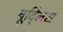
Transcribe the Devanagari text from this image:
वूद्लिस